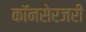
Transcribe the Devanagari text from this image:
कॉनसेरजरी